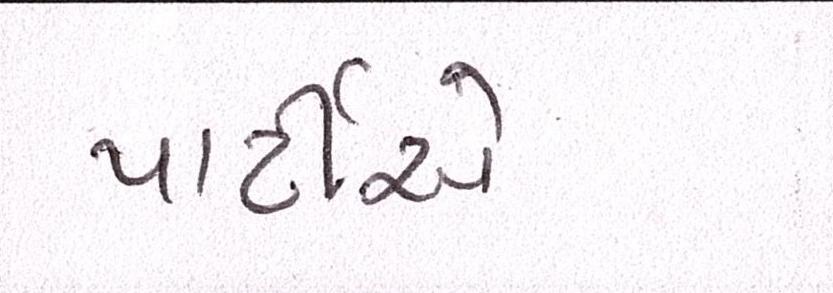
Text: પાર્ટીએ